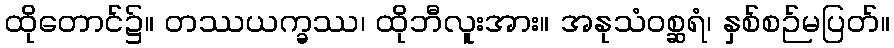
ထိုတောင်၌။ တဿယက္ခဿ၊ ထိုဘီလူးအား။ အနုသံဝစ္ဆရံ၊ နှစ်စဉ်မပြတ်။